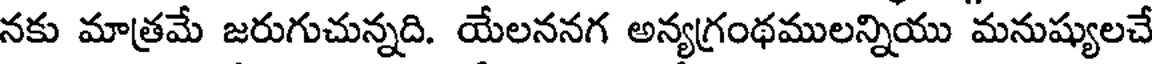
నకు మాత్రమే జరుగుచున్నది. యేలననగ అన్యగ్రంథములన్నియు మనుష్యులచే